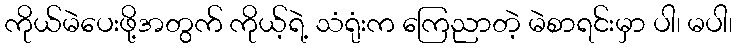
ကိုယ်မဲပေးဖို့အတွက် ကိုယ့်ရဲ့ သံရုံးက ကြေညာတဲ့ မဲစာရင်းမှာ ပါ၊ မပါ၊